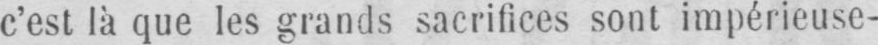
c’est là que les grands sacrifices sont impérieuse-